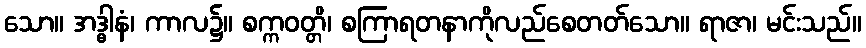
သော။ အဒ္ဓါနံ၊ ကာလ၌။ စက္ကဝတ္တိ၊ စကြာရတနာကိုလည်စေတတ်သော။ ရာဇာ၊ မင်းသည်။